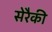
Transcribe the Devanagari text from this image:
सेरैकी